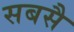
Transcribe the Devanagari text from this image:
सबसै